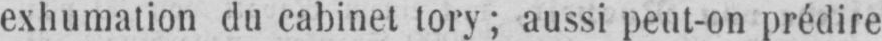
exhumation du cabinet tory; aussi peut-on prédire